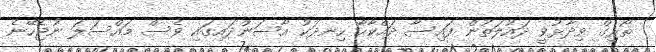
ތޯރިގް ވިދާޅުވީ ދައުލަތުން ފައިސާ ދައްކާހާ ހިނދަކު އާސަންދައިގައި ވެސް މައްސަލަ ނުޖެހޭނެ